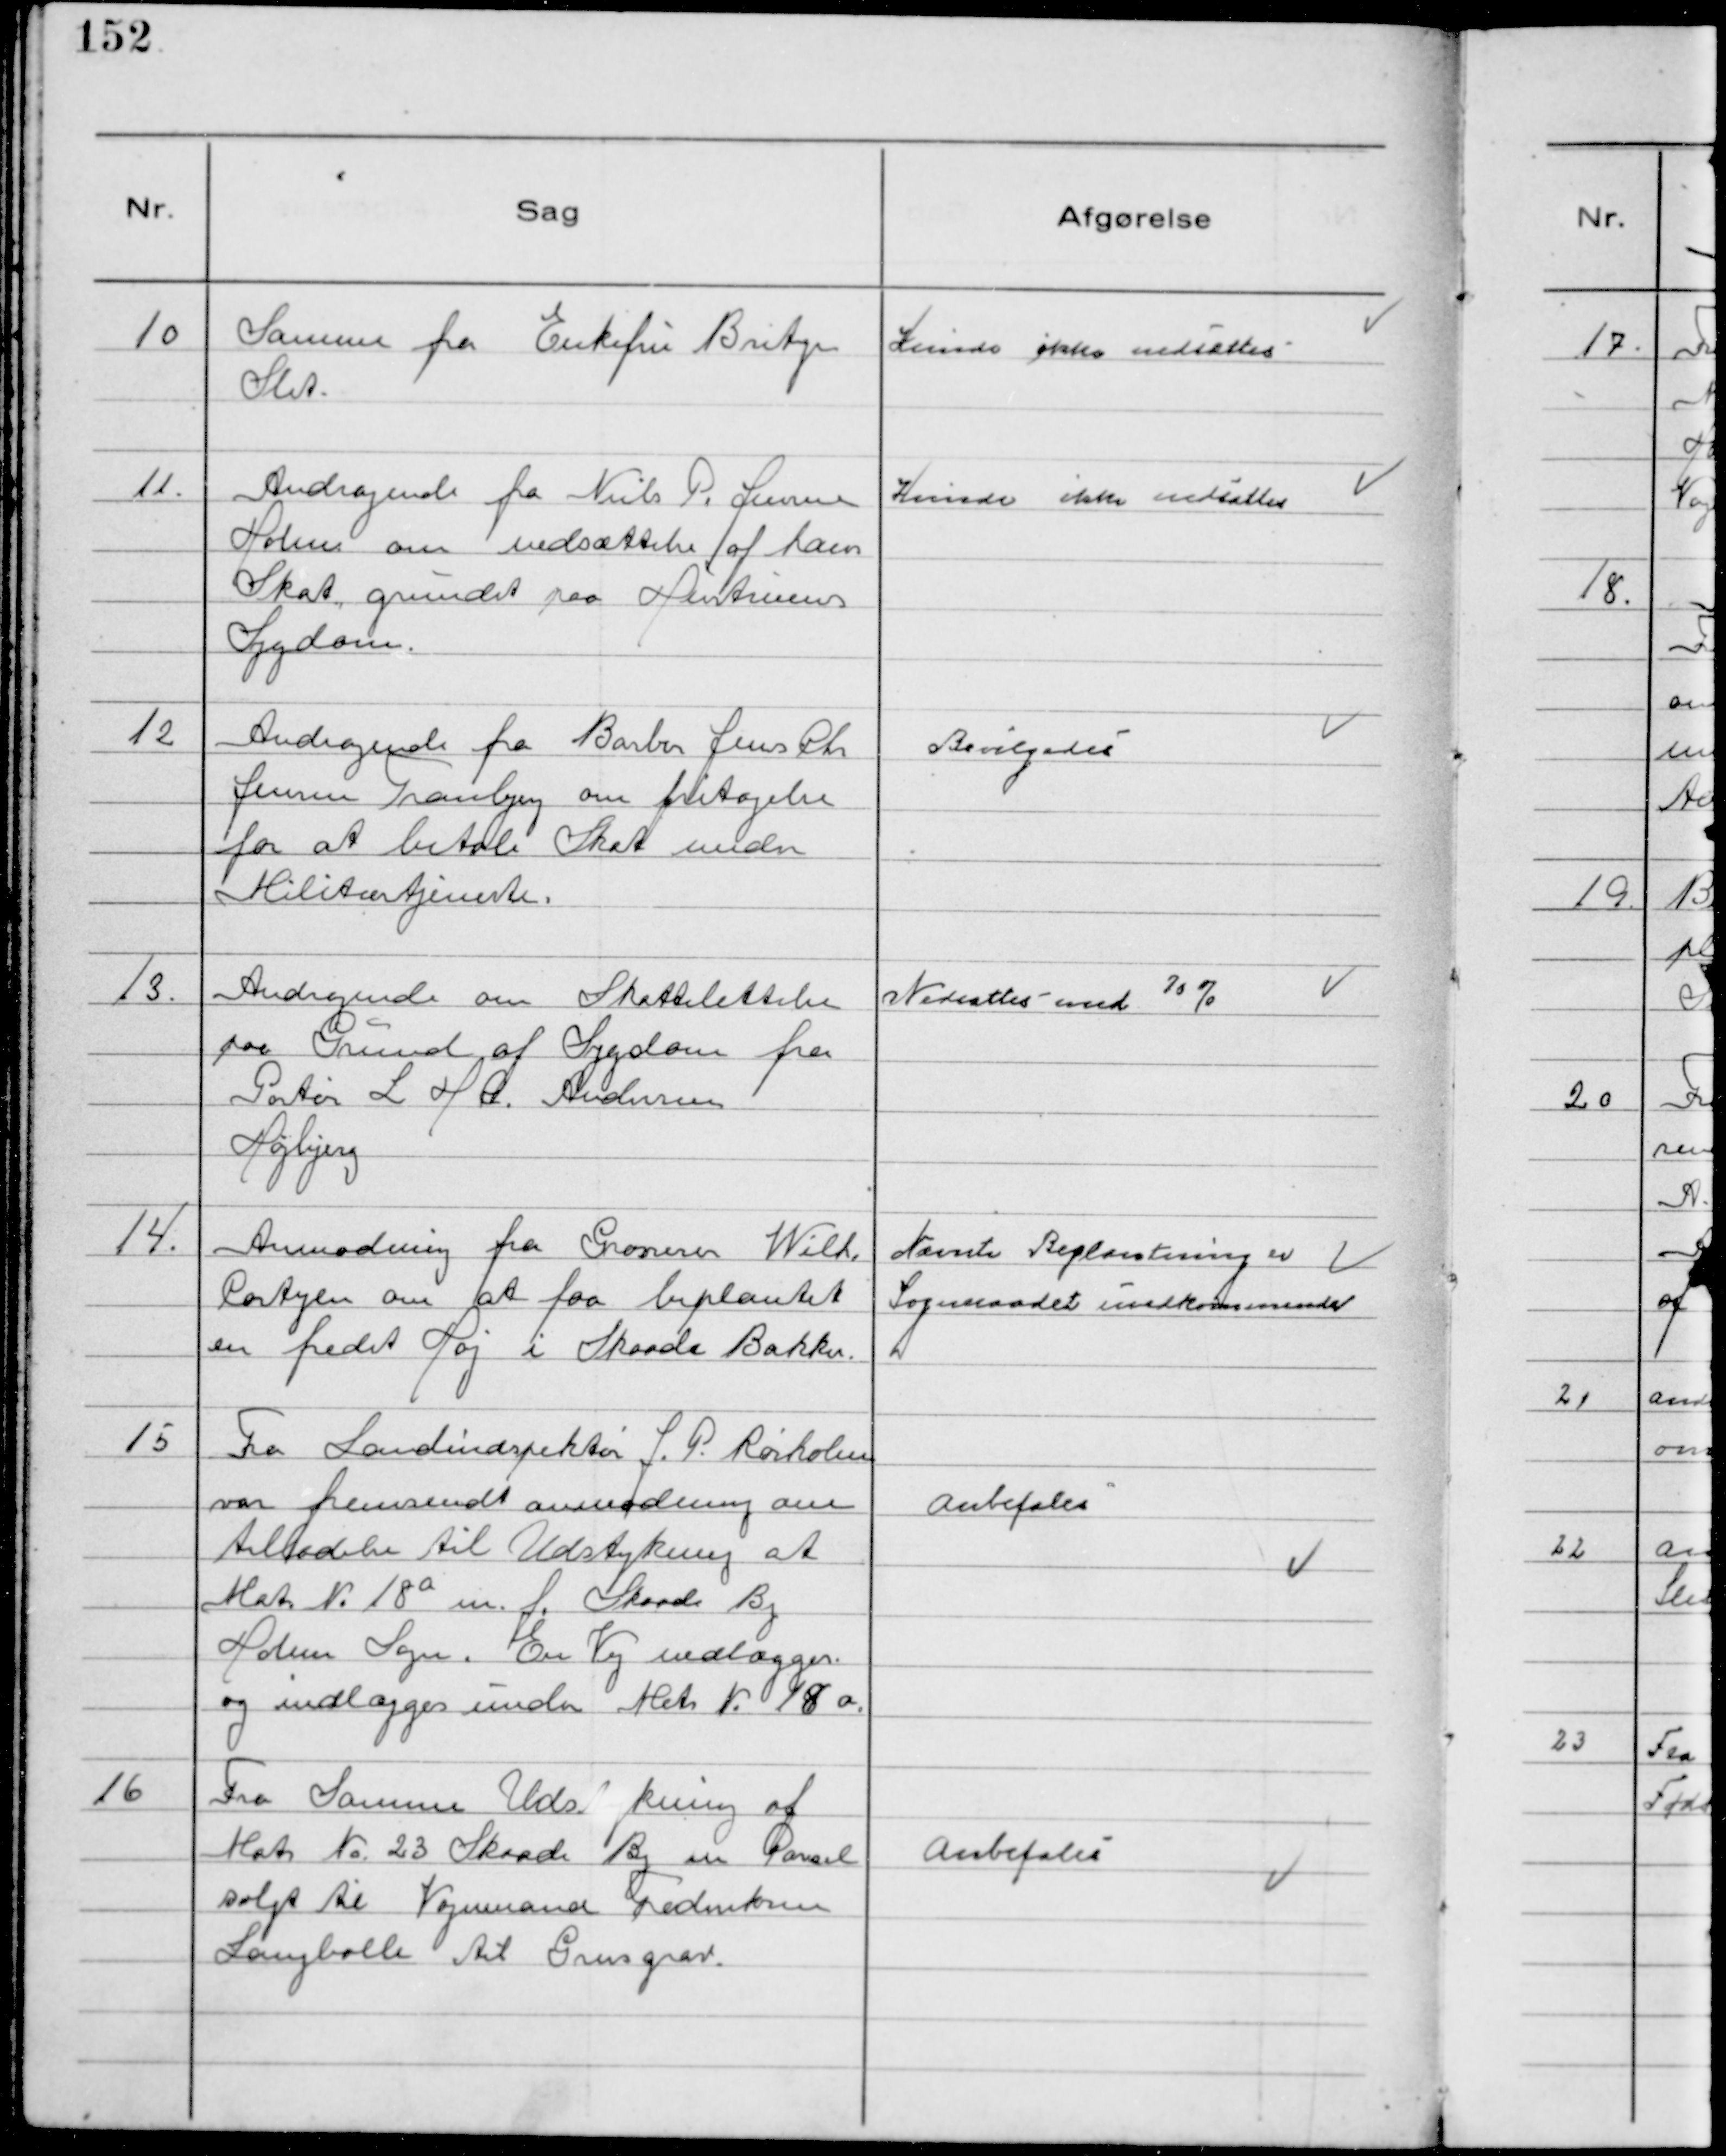
Transskription:
10
Samme fra Enkefru Britgen
Slet.

Kunde ikke nedsættes

11.
Andragende fra Niels P. Jensen
Holme om nedsættelse af hans
Skat grundet paa Hustruens
Sygdom.

Kunde ikke nedsættes

12
Andragende fra Barber Jens Chr
Jensen Tranbjerg om fritagelse
for at betale Skat under
Militærtjeneste.

Bevilgedes

13.
Andragende om Skattelettelse
paa Grund af Sygdom fra
Portør L H C Andersen
Højbjerg

Nedsattes med 70 %

14.
Anmodning fra Grosserer Wilh.
Cortzen om at faa beplantet
en fredet Høj i Skaade Bakker.

Nævnte Beplantning er
Sogneraadet uvedkommende.

15
Fra Landindspektør J.P. Rørholm
var fremsendt anmodning om
tilladelse til Udstykning af
Matr № 18a m.f. Skaade By
Holme Sogn. En Vej nedlægges
og indlægges under Matr № 18 a

Anbefales

16
Fra Samme Udstykning af
Matr № 23 Skaade By m Parsel
solgt til Vognmand Frederiksen
Langballe til Grusgrav.

Anbefales